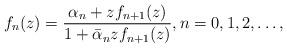
LaTeX: \begin{align*} f_n(z) = \frac{\alpha_n + zf_{n+1}(z)}{1+\bar\alpha_n zf_{n+1}(z)}, n=0, 1, 2, \dots,\end{align*}